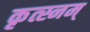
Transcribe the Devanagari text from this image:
कृत्स्नम्‌